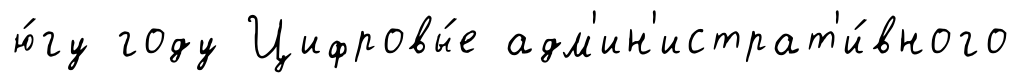
ю́гу году Цифровы́е адм'ин'истрат'и́вного